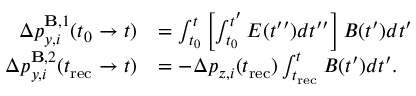
\begin{array} { r l } { \Delta p _ { y , i } ^ { \mathbf { B } , 1 } ( t _ { 0 } \to t ) } & { = \int _ { t _ { 0 } } ^ { t } \left[ \int _ { t _ { 0 } } ^ { t ^ { \prime } } E ( t ^ { \prime \prime } ) d t ^ { \prime \prime } \right] B ( t ^ { \prime } ) d t ^ { \prime } } \\ { \Delta p _ { y , i } ^ { \mathbf { B } , 2 } ( t _ { \mathrm { r e c } } \to t ) } & { = - \Delta p _ { z , i } ( t _ { \mathrm { r e c } } ) \int _ { t _ { \mathrm { r e c } } } ^ { t } B ( t ^ { \prime } ) d t ^ { \prime } . } \end{array}